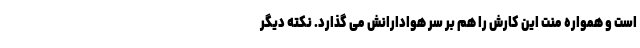
است و همواره منت این کارش را هم بر سر هوادارانش می گذارد. نکته دیگر